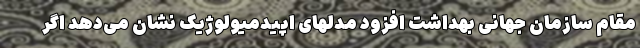
مقام سازمان جهانی بهداشت افزود مدلهای اپیدمیولوژیک نشان می‌دهد اگر